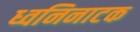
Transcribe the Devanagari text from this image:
ध्वनिनाटक